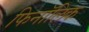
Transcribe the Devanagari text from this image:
फिनॉलिक